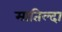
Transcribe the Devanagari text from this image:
मातिल्दा